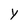
Character: Y